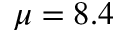
\mu = 8 . 4